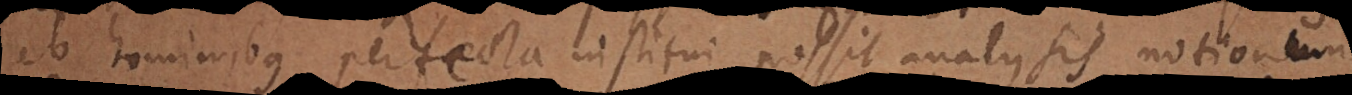
ab hominibus perfecta institui possit analysis notionum,